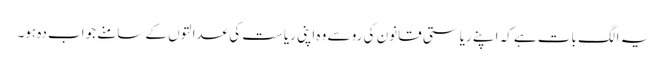
یہ الگ بات ہے کہ اپنے ریاستی قانون کی رو سے وہ اپنی ریاست کی عدالتوں کے سامنے جواب دہ ہو۔